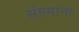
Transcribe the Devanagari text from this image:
संगमांना